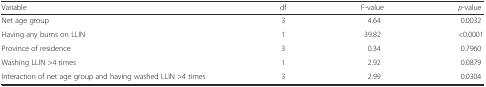
<table><thead><tr><td><b>Variable</b></td><td><b>df</b></td><td><b>F-value</b></td><td><b><i>p</i>-value</b></td></tr></thead><tbody><tr><td>Net age group</td><td>3</td><td>4.64</td><td>0.0032</td></tr><tr><td>Having any burns on LLIN</td><td>1</td><td>39.82</td><td>&lt;0.0001</td></tr><tr><td>Province of residence</td><td>3</td><td>0.34</td><td>0.7960</td></tr><tr><td>Washing LLIN &gt;4 times</td><td>1</td><td>2.92</td><td>0.0879</td></tr><tr><td>Interaction of net age group and having washed LLIN &gt;4 times</td><td>3</td><td>2.99</td><td>0.0304</td></tr></tbody></table>